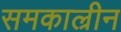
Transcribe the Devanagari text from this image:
समकाल्रीन